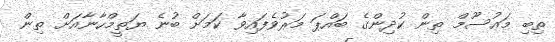
ތިބި މައުސޫމް ތިން ކުދިންގެ ބައްޕަ މަރުވެފައިވާ ކަމަށް ބުނެ ޔަތީމްހާނާއަށް ތިން